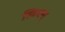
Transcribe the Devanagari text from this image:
स्त्रियम्